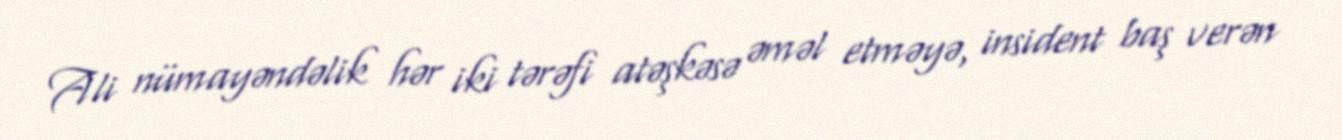
Ali nümayəndəlik hər iki tərəfi atəşkəsə əməl etməyə, insident baş verən